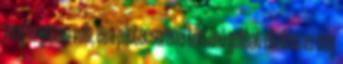
megforgásom volt, és a pilótacserénél történő galibát eltekintve elég